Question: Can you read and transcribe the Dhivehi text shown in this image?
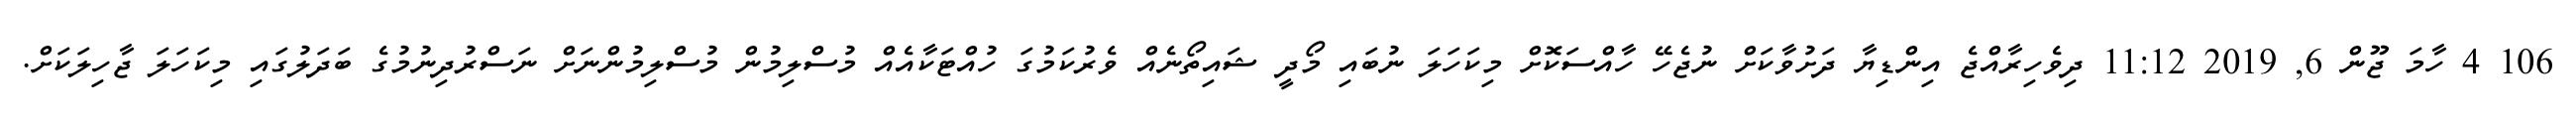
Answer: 106 4 ހާމަ ޖޫން 6, 2019 11:12 ދިވެހިރާއްޖެ އިންޑިޔާ ދަށުވާކަށް ނުޖެހޭ ހާއްސަކޮށް މިކަހަލަ ނުބައި މޯދީ ޝައިތޯނެއް ވެރުކަމުގަ ހުއްޓަކާއެއް މުސްލިމުން މުސްލިމުންނަށް ނަސްރުދިނުމުގެ ބަދަލުގައި މިކަހަލަ ޖާހިލަކަށް.